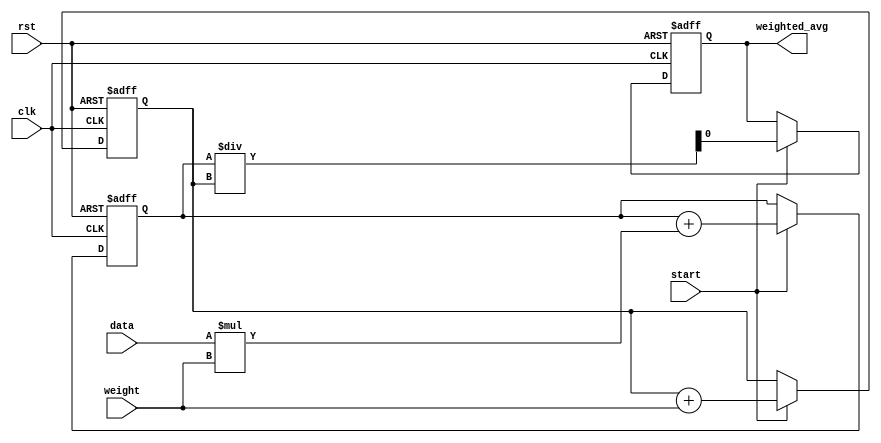
module weighted_moving_average_accumulator(
    input wire      clk,
    input wire      rst,
    input wire      data,
    input wire      weight,
    input wire      start,
    output reg      weighted_avg
);

reg [31:0] sum = 0;
reg [7:0] count = 0;

always @(posedge clk or posedge rst) begin
    if (rst) begin
        sum <= 0;
        count <= 0;
        weighted_avg <= 0;
    end else begin
        if (start) begin
            sum <= sum + data * weight;
            count <= count + weight;
            weighted_avg <= sum / count;
        end
    end
end

endmodule